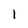
Character: l